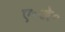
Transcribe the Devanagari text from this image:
ए॰जे॰